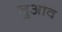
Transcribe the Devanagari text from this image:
लुआव